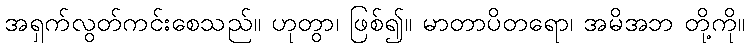
အရှက်လွတ်ကင်းစေသည်။ ဟုတွာ၊ ဖြစ်၍။ မာတာပိတရော၊ အမိအဘ တို့ကို။